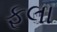
ફૂલા